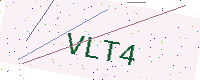
Text: VLT4